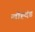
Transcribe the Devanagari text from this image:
लौह्दंड